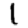
Digit: 1